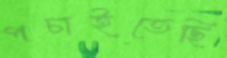
পচাইতেছি